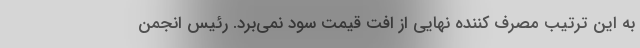
به این ترتیب مصرف کننده نهایی از افت قیمت سود نمی‌برد. رئیس انجمن